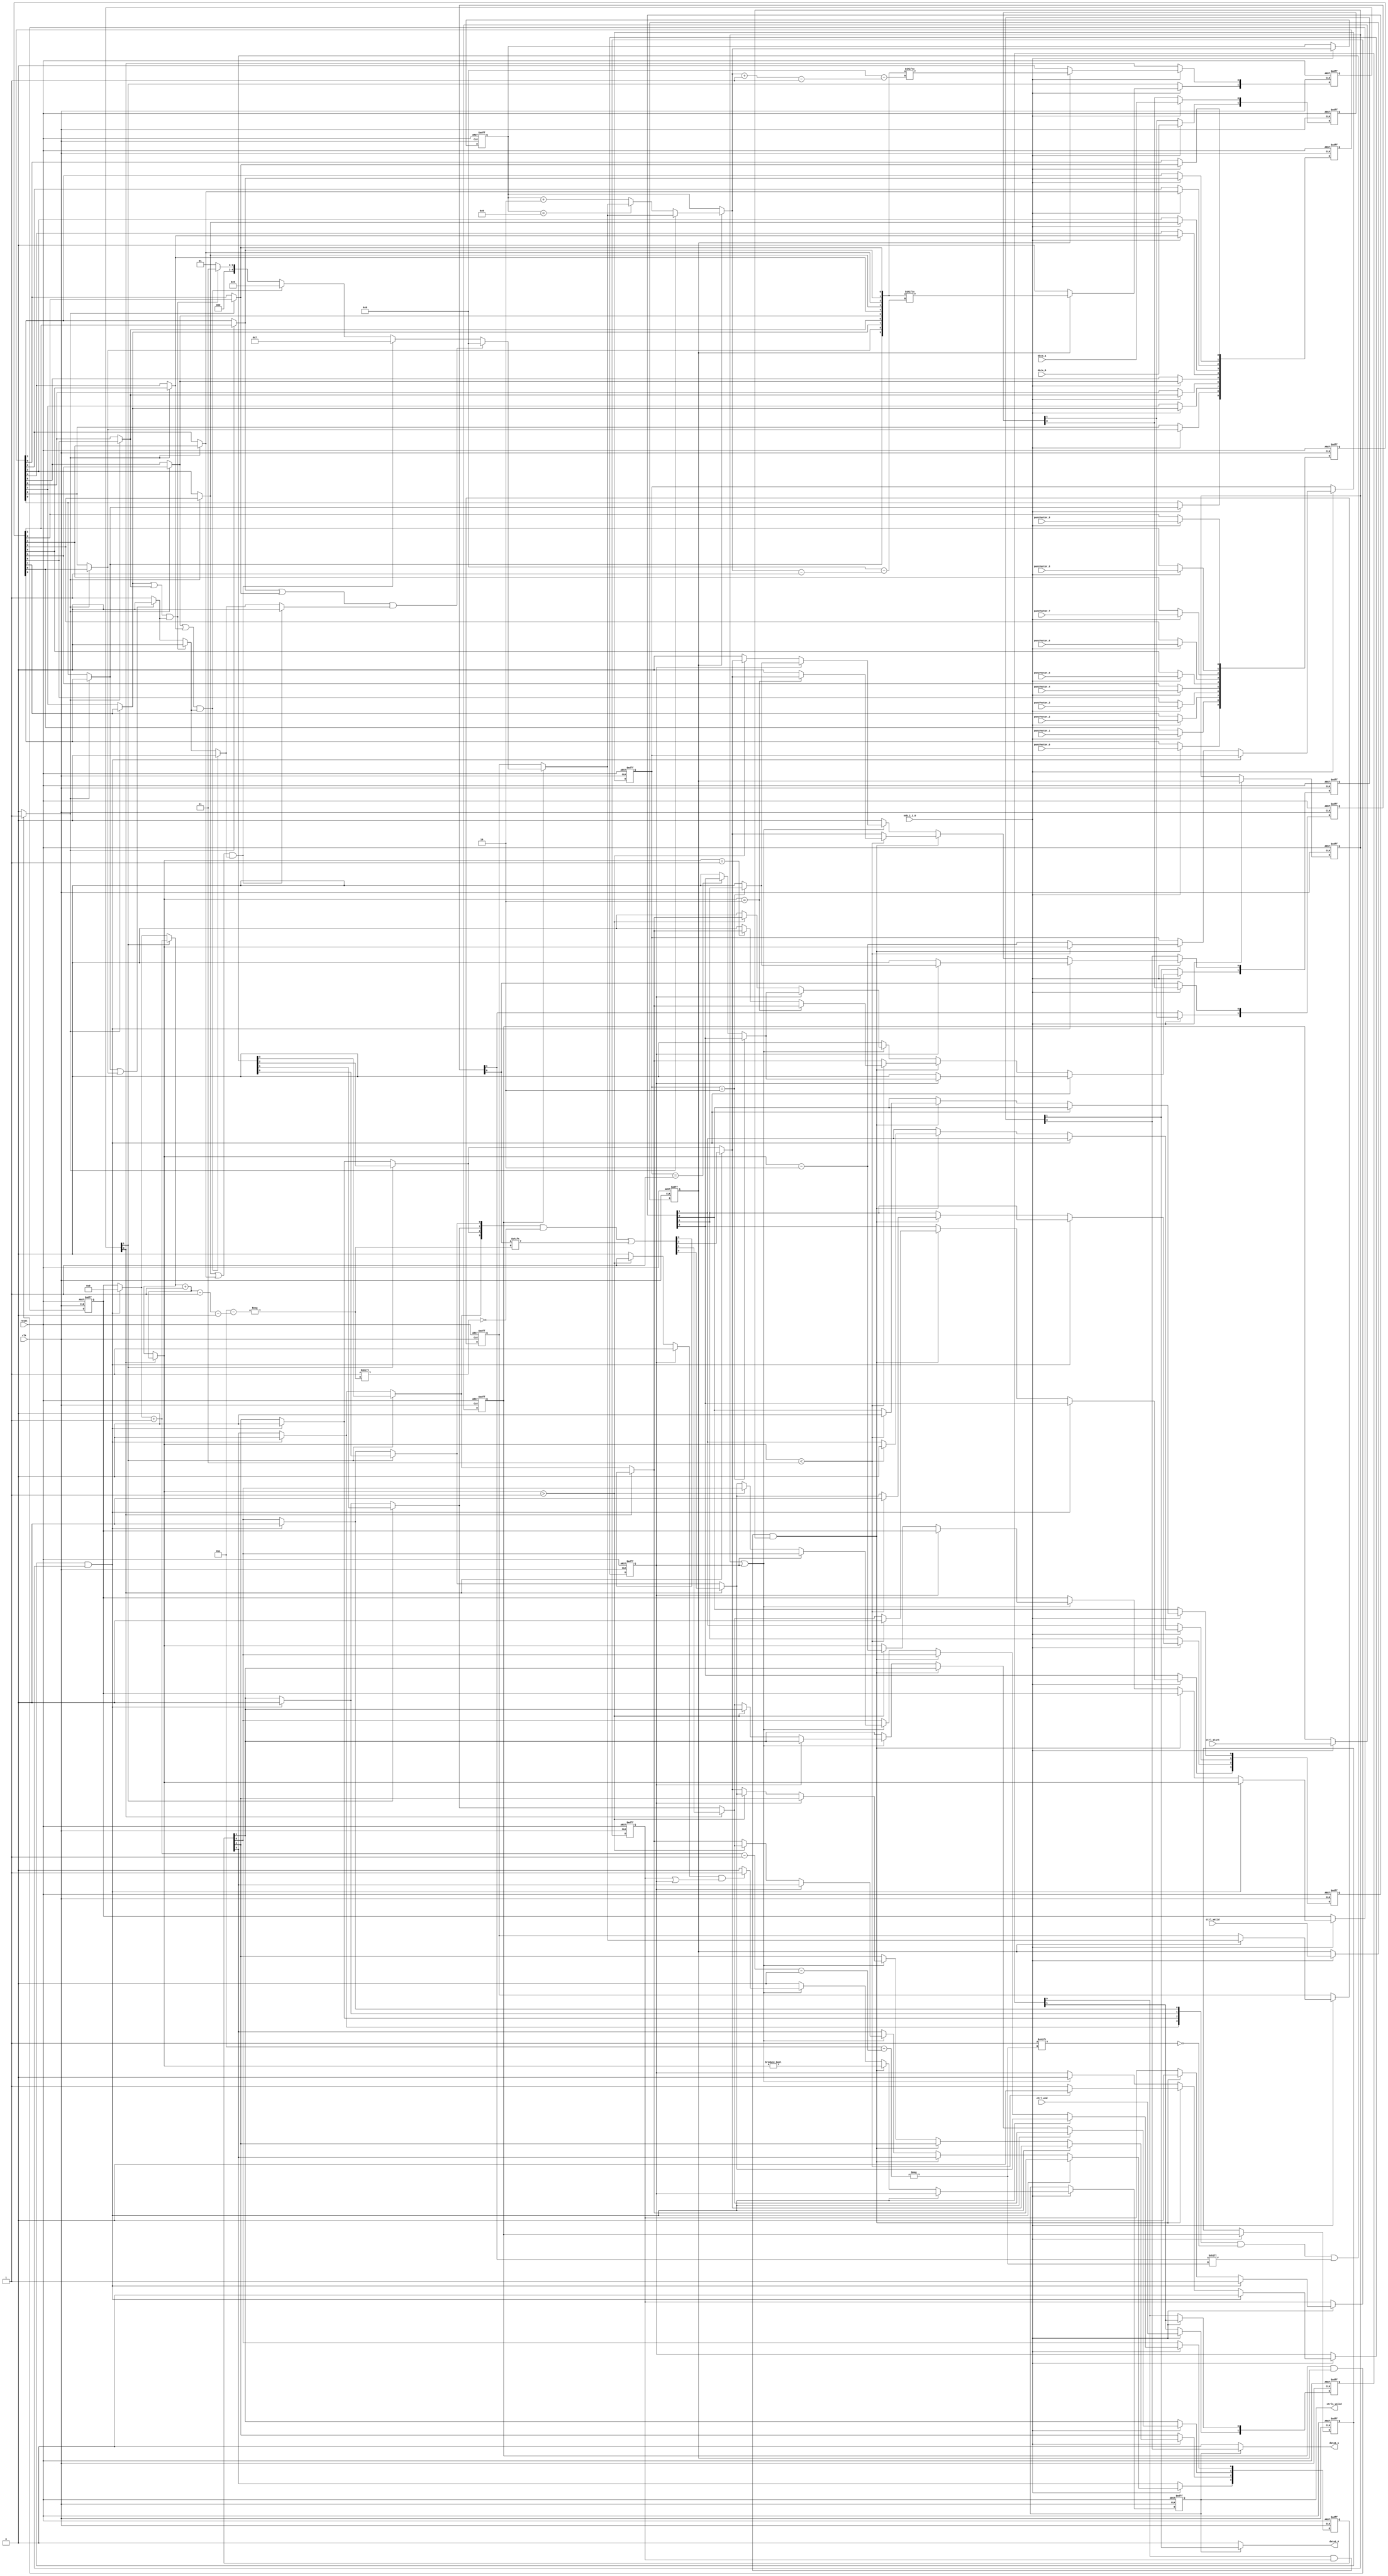
// -------------------------------------------------------------
// 
// 
// Generated by MATLAB 9.13 and HDL Coder 4.0
// 
// -------------------------------------------------------------


// -------------------------------------------------------------
// 
// Module: whdlOFDMTx_Puncturer
// Source Path: whdlOFDMTx/Frame Generator/Data/Data Chain/Puncturer
// Hierarchy Level: 5
// 
// -------------------------------------------------------------

`timescale 1 ns / 1 ns

module whdlOFDMTx_Puncturer
          (clk,
           reset,
           enb_1_2_0,
           data_0,
           data_1,
           puncVector_0,
           puncVector_1,
           puncVector_2,
           puncVector_3,
           puncVector_4,
           puncVector_5,
           puncVector_6,
           puncVector_7,
           puncVector_8,
           puncVector_9,
           ctrl_start,
           ctrl_end,
           ctrl_valid,
           data1_0,
           data1_1,
           ctrl1_valid);


  input   clk;
  input   reset;
  input   enb_1_2_0;
  input   data_0;
  input   data_1;
  input   puncVector_0;
  input   puncVector_1;
  input   puncVector_2;
  input   puncVector_3;
  input   puncVector_4;
  input   puncVector_5;
  input   puncVector_6;
  input   puncVector_7;
  input   puncVector_8;
  input   puncVector_9;
  input   ctrl_start;
  input   ctrl_end;
  input   ctrl_valid;
  output  data1_0;
  output  data1_1;
  output  ctrl1_valid;


  wire ctrl1_start;
  wire ctrl1_end;
  reg  obj_startReg1;
  reg  obj_startReg2;
  reg  obj_validReg1;
  reg  obj_validReg2;
  wire tmp;
  reg  [0:1] obj_endReg2_reg_reg;  // ufix1 [2]
  wire [0:1] obj_endReg2_reg_reg_next;  // ufix1 [2]
  wire obj_endReg2;
  wire obj_frameOn;
  wire tmp_1;
  wire obj_frameOn_1;
  reg  obj_frameOn_2;
  wire tmp_2;
  wire tmp_3;
  wire tmp_4;
  wire tmp_5;
  wire tmp_6;
  wire obj_endFlag;
  wire tmp_7;
  wire [0:1] Null_rsvd;  // boolean [2]
  wire [0:1] Null_rsvd_1;  // boolean [2]
  wire [0:1] subVector;  // boolean [2]
  wire tmp_8;
  wire reset_1;
  wire reset_2;
  wire tmp_9;
  wire [0:9] puncVecD;  // boolean [10]
  wire [0:9] puncVector;  // boolean [10]
  wire [0:9] obj_puncVecBuf;  // boolean [10]
  wire [0:9] obj_puncVecBuf_1;  // boolean [10]
  reg  [0:9] obj_puncVecBuf_reg_reg;  // ufix1 [10]
  wire [0:9] obj_puncVecBuf_reg_reg_next;  // ufix1 [10]
  wire [0:9] puncVecD_1;  // boolean [10]
  wire [0:9] puncVecD_2;  // boolean [10]
  wire [0:9] tmp_10;  // boolean [10]
  wire [0:9] obj_puncVec;  // boolean [10]
  wire [0:9] obj_puncVec_1;  // boolean [10]
  reg  [0:9] obj_puncVec_reg_reg;  // ufix1 [10]
  wire [0:9] obj_puncVec_reg_reg_next;  // ufix1 [10]
  wire [0:9] puncVecD_3;  // boolean [10]
  wire [4:0] initPosDD;  // ufix5
  wire toggle;
  reg [4:0] initPosDD_1;  // ufix5
  reg [4:0] obj_initPos;  // ufix5
  wire [4:0] tmp_11;  // ufix5
  wire [4:0] tmp_12;  // ufix5
  wire [4:0] tmp_13;  // ufix5
  reg [4:0] obj_vecInd;  // ufix5
  wire [4:0] tmp_14;  // ufix5
  wire flag;
  wire [4:0] tmp_15;  // ufix5
  wire [4:0] tmp_16;  // ufix5
  wire [4:0] tmp_17;  // ufix5
  reg  [0:1] subVector_1;  // boolean [2]
  wire [0:1] subVecD;  // boolean [2]
  wire [0:1] subVecD_1;  // boolean [2]
  wire [0:1] obj_subVec;  // boolean [2]
  wire [0:1] obj_subVec_1;  // boolean [2]
  wire [0:1] obj_subVec_2;  // boolean [2]
  wire [0:1] tmp_18;  // boolean [2]
  reg  [0:1] obj_subVec_reg_reg;  // ufix1 [2]
  wire [0:1] obj_subVec_reg_reg_next;  // ufix1 [2]
  wire tmp_19;
  wire tmp_20;
  wire tmp_21;
  wire tmp_22;
  wire [3:0] tmp_23;  // ufix4
  wire [3:0] regInd1D;  // ufix4
  wire obj_endFlag_1;
  wire obj_endFlag_2;
  wire tmp_24;
  wire obj_endFlag_3;
  wire [3:0] tmp_25;  // ufix4
  wire [3:0] tmp_26;  // ufix4
  wire [3:0] tmp_27;  // ufix4
  wire [3:0] tmp_28;  // ufix4
  wire [3:0] tmp_29;  // ufix4
  wire [3:0] tmp_30;  // ufix4
  wire tmp_31;
  wire [3:0] tmp_32;  // ufix4
  reg  obj_endFlag_4;
  reg [3:0] obj_regInd1;  // ufix4
  wire [3:0] tmp_33;  // ufix4
  wire tmp_34;
  wire [3:0] tmp_35;  // ufix4
  wire [3:0] tmp_36;  // ufix4
  wire [3:0] tmp_37;  // ufix4
  wire [3:0] tmp_38;  // ufix4
  wire tmp_39;
  wire tmp_40;
  wire tmp_41;
  wire tmp_42;
  wire tmp_43;
  wire tmp_44;
  wire tmp_45;
  wire tmp_46;
  wire tmp_47;
  wire validtemp;
  wire validtemp_1;
  wire tmp_48;
  wire validtemp_2;
  wire tmp_49;
  wire tmp_50;
  wire out;
  wire tmp_51;
  wire obj_validOut;
  wire out_1;
  wire tmp_52;
  wire tmp_53;
  wire NonZero;
  wire tmp_54;
  wire tmp_55;
  wire tmp_56;
  wire tmp_57;
  reg  obj_validOut_1;
  wire [0:1] varargout_1;  // boolean [2]
  wire tmp_58;
  wire [0:1] dataOutD;  // boolean [2]
  wire [0:1] dataOutD_1;  // boolean [2]
  wire tmp_59;
  wire [0:1] dataOutD_2;  // boolean [2]
  wire [0:1] dataOutD_3;  // boolean [2]
  wire tmp_60;
  wire tmp_61;
  wire tmp_62;
  wire tmp_63;
  wire tmp_64;
  wire tmp_65;
  wire [0:3] tmp_66;  // boolean [4]
  wire [0:3] dataReg1D;  // boolean [4]
  wire [0:3] dataReg1D_1;  // boolean [4]
  wire [0:3] dataReg1D_2;  // boolean [4]
  wire [0:3] reg_rsvd;  // boolean [4]
  wire [0:1] data;  // boolean [2]
  wire [0:1] tmp_67;  // boolean [2]
  wire [0:1] obj_dataInBuf1;  // boolean [2]
  wire [0:1] obj_dataInBuf1_1;  // boolean [2]
  reg  [0:1] obj_dataInBuf1_reg_reg;  // ufix1 [2]
  wire [0:1] obj_dataInBuf1_reg_reg_next;  // ufix1 [2]
  wire [0:1] obj_dataInBuf2;  // boolean [2]
  wire [0:1] obj_dataInBuf2_1;  // boolean [2]
  reg  [0:1] obj_dataInBuf2_reg_reg;  // ufix1 [2]
  wire [0:1] obj_dataInBuf2_reg_reg_next;  // ufix1 [2]
  wire tmp_68;
  wire signed [31:0] tmp_69;  // int32
  wire [3:0] p154tmp_add_temp;  // ufix4
  wire signed [31:0] p154tmp_1;  // int32
  wire tmp_70;
  wire signed [31:0] tmp_71;  // int32
  wire [3:0] p145tmp_add_temp;  // ufix4
  wire signed [31:0] p145tmp_1;  // int32
  wire [0:3] obj_dataReg2;  // boolean [4]
  wire [0:3] obj_dataReg2_1;  // boolean [4]
  reg  [0:3] obj_dataReg2_reg_reg;  // ufix1 [4]
  wire [0:3] obj_dataReg2_reg_reg_next;  // ufix1 [4]
  wire [0:3] obj_dataReg2_2;  // boolean [4]
  wire [0:3] tmp_72;  // boolean [4]
  reg  [0:3] reg_rsvd_1;  // boolean [4]
  wire [0:3] reg_rsvd_2;  // boolean [4]
  reg  [0:3] reg_rsvd_3;  // boolean [4]
  wire [0:3] obj_dataReg1;  // boolean [4]
  wire [0:3] obj_dataReg1_1;  // boolean [4]
  wire [0:3] tmp_73;  // boolean [4]
  reg  [0:3] obj_dataReg1_2;  // boolean [4]
  wire [0:3] obj_dataReg1_3;  // boolean [4]
  wire [0:3] tmp_74;  // boolean [4]
  wire [0:3] tmp_75;  // boolean [4]
  wire [0:3] tmp_76;  // boolean [4]
  wire [0:3] tmp_77;  // boolean [4]
  wire [0:3] obj_dataReg1_4;  // boolean [4]
  wire [0:3] tmp_78;  // boolean [4]
  reg  [0:3] obj_dataReg1_reg_reg;  // ufix1 [4]
  wire [0:3] obj_dataReg1_reg_reg_next;  // ufix1 [4]
  wire [0:3] dataReg1D_3;  // boolean [4]
  wire [0:3] tmp_79;  // boolean [4]
  wire [0:3] tmp_80;  // boolean [4]
  wire [0:1] dataOutD_4;  // boolean [2]
  wire [0:1] dataOutD_5;  // boolean [2]
  wire [0:1] tmp_81;  // boolean [2]
  wire tmp_82;
  wire tmp_83;
  wire [3:0] tmp_84;  // ufix4
  wire [3:0] tmp_85;  // ufix4
  wire [3:0] tmp_86;  // ufix4
  reg [3:0] obj_regInd3;  // ufix4
  wire [3:0] tmp_87;  // ufix4
  wire [3:0] tmp_88;  // ufix4
  wire [3:0] tmp_89;  // ufix4
  wire tmp_90;
  wire tmp_91;
  wire [0:1] tempData;  // boolean [2]
  wire [0:1] tempData_1;  // boolean [2]
  wire tmp_92;
  wire tmp_93;
  wire [0:3] tmp_94;  // boolean [4]
  wire [0:3] tmp_95;  // boolean [4]
  wire [0:3] obj_dataReg3;  // boolean [4]
  wire [0:3] obj_dataReg3_1;  // boolean [4]
  reg  [0:3] obj_dataReg3_2;  // boolean [4]
  wire [0:3] tmp_96;  // boolean [4]
  wire [0:3] tmp_97;  // boolean [4]
  wire [0:3] obj_dataReg3_3;  // boolean [4]
  wire [0:3] tmp_98;  // boolean [4]
  reg  [0:3] obj_dataReg3_reg_reg;  // ufix1 [4]
  wire [0:3] obj_dataReg3_reg_reg_next;  // ufix1 [4]
  wire tmp_99;
  reg  [0:1] tempData_2;  // boolean [2]
  wire [0:1] tmp_100;  // boolean [2]
  wire [0:1] tempData_3;  // boolean [2]
  wire [0:1] tmp_101;  // boolean [2]
  wire [0:1] dataOutD_6;  // boolean [2]
  wire [0:1] dataOutD_7;  // boolean [2]
  wire tmp_102;
  wire [0:1] dataOutD_8;  // boolean [2]
  wire tmp_103;
  wire tmp_104;
  wire [0:1] tempData_4;  // boolean [2]
  wire [0:1] tempData_5;  // boolean [2]
  wire tmp_105;
  reg  [0:1] tempData_6;  // boolean [2]
  wire [0:1] tmp_106;  // boolean [2]
  wire [0:1] tempData_7;  // boolean [2]
  wire [0:1] tmp_107;  // boolean [2]
  wire tmp_108;
  wire [0:1] tmp_109;  // boolean [2]
  wire [0:1] tmp_110;  // boolean [2]
  wire [0:1] dataOutD_9;  // boolean [2]
  wire [0:1] dataOutD_10;  // boolean [2]
  wire [0:1] dataOutD_11;  // boolean [2]
  wire [0:1] tmp_111;  // boolean [2]
  wire [0:1] tmp_112;  // boolean [2]
  wire [0:1] tmp_113;  // boolean [2]
  wire [0:1] tmp_114;  // boolean [2]
  wire [0:1] tmp_115;  // boolean [2]
  wire [0:1] dataOutD_12;  // boolean [2]
  wire [0:1] dataOutD_13;  // boolean [2]
  wire tmp_116;
  wire tmp_117;
  wire [0:1] tempData_8;  // boolean [2]
  wire [0:1] tempData_9;  // boolean [2]
  wire tmp_118;
  reg  [0:1] tempData_10;  // boolean [2]
  wire [0:1] tmp_119;  // boolean [2]
  wire [0:1] tempData_11;  // boolean [2]
  wire [0:1] tmp_120;  // boolean [2]
  wire [0:1] dataOutD_14;  // boolean [2]
  wire [0:1] dataOutD_15;  // boolean [2]
  wire [0:1] tmp_121;  // boolean [2]
  wire [0:1] tmp_122;  // boolean [2]
  wire [0:1] tmp_123;  // boolean [2]
  wire [0:1] obj_dataOut;  // boolean [2]
  wire [0:1] obj_dataOut_1;  // boolean [2]
  reg  [0:1] obj_dataOut_reg_reg;  // ufix1 [2]
  wire [0:1] obj_dataOut_reg_reg_next;  // ufix1 [2]
  wire [0:1] varargout_1_1;  // boolean [2]
  wire [0:1] tmp_124;  // boolean [2]
  wire [0:1] varargout_1_2;  // boolean [2]
  wire [0:1] data_2;  // boolean [2]
  wire tmp_125;
  wire tmp_126;
  wire tmp_127;
  wire tmp_128;
  wire validtemp_3;
  wire validtemp_4;
  wire tmp_129;
  wire validtemp_5;
  wire tmp_130;
  wire obj_startFlag;
  wire obj_startFlag_1;
  wire tmp_131;
  wire obj_startFlag_2;
  reg  obj_startFlag_3;
  wire tmp_132;
  wire tmp_133;
  wire tmp_134;
  wire tmp_135;
  wire tmp_136;
  wire tmp_137;
  wire tmp_138;
  wire validtemp_6;
  wire validtemp_7;
  wire tmp_139;
  wire validtemp_8;
  wire tmp_140;
  wire tmp_141;
  wire obj_startOut;
  wire tmp_142;
  wire out_2;
  wire tmp_143;
  wire obj_startOut_1;
  wire obj_startOut_2;
  wire tmp_144;
  wire tmp_145;
  wire out_3;
  wire tmp_146;
  wire tmp_147;
  wire tmp_148;
  wire tmp_149;
  wire obj_startOut_3;
  wire tmp_150;
  reg  obj_startOut_4;
  wire tmp_151;
  wire tmp_152;
  wire obj_endOut;
  wire tmp_153;
  wire endtemp;
  wire endtemp_1;
  wire tmp_154;
  wire tmp_155;
  wire out_4;
  wire tmp_156;
  wire out_5;
  wire tmp_157;
  wire tmp_158;
  wire tmp_159;
  wire tmp_160;
  wire tmp_161;
  reg  obj_endOut_1;
  reg signed [31:0] p1_i;  // int32
  reg  p1_toggle;
  reg [4:0] p1_initPosDD;  // ufix5
  reg [4:0] p1_i_0;  // ufix5
  reg  p1_toggle_0;
  reg [4:0] p1_initPosDD_0;  // ufix5
  reg signed [63:0] p1_add_cast [0:4];  // sfix64 [5]
  reg signed [31:0] p1_add_cast_0 [0:4];  // int32 [5]
  reg signed [31:0] p1_add_temp [0:4];  // int32 [5]
  reg [5:0] p1_add_temp_0 [0:4];  // ufix6 [5]
  reg [5:0] p1_t_0 [0:4];  // ufix6 [5]
  reg [4:0] p47subVector_add_temp;  // ufix5


  always @(posedge clk or posedge reset)
    begin : obj_startReg1_reg_process
      if (reset == 1'b1) begin
        obj_startReg1 <= 1'b0;
      end
      else begin
        if (enb_1_2_0) begin
          obj_startReg1 <= ctrl_start;
        end
      end
    end



  always @(posedge clk or posedge reset)
    begin : obj_startReg2_reg_process
      if (reset == 1'b1) begin
        obj_startReg2 <= 1'b0;
      end
      else begin
        if (enb_1_2_0) begin
          obj_startReg2 <= obj_startReg1;
        end
      end
    end



  always @(posedge clk or posedge reset)
    begin : obj_validReg1_reg_process
      if (reset == 1'b1) begin
        obj_validReg1 <= 1'b0;
      end
      else begin
        if (enb_1_2_0) begin
          obj_validReg1 <= ctrl_valid;
        end
      end
    end



  always @(posedge clk or posedge reset)
    begin : obj_validReg2_reg_process
      if (reset == 1'b1) begin
        obj_validReg2 <= 1'b0;
      end
      else begin
        if (enb_1_2_0) begin
          obj_validReg2 <= obj_validReg1;
        end
      end
    end



  assign tmp = obj_startReg2 && obj_validReg2;



  always @(posedge clk or posedge reset)
    begin : obj_endReg2_reg_process
      if (reset == 1'b1) begin
        obj_endReg2_reg_reg[0] <= 1'b0;
        obj_endReg2_reg_reg[1] <= 1'b0;
      end
      else begin
        if (enb_1_2_0) begin
          obj_endReg2_reg_reg[0] <= obj_endReg2_reg_reg_next[0];
          obj_endReg2_reg_reg[1] <= obj_endReg2_reg_reg_next[1];
        end
      end
    end

  assign obj_endReg2 = obj_endReg2_reg_reg[1];
  assign obj_endReg2_reg_reg_next[0] = ctrl_end;
  assign obj_endReg2_reg_reg_next[1] = obj_endReg2_reg_reg[0];



  // HDL code generation from MATLAB function: SystemCore_stepImpl_falseregionp125_trueregionp1
  assign obj_frameOn = 1'b0;



  // HDL code generation from MATLAB function: SystemCore_stepImpl
  assign tmp_1 = 1'b0;



  // HDL code generation from MATLAB function: SystemCore_stepImpl_trueregionp100
  assign obj_frameOn_1 = 1'b1;



  // HDL code generation from MATLAB function: SystemCore_stepImpl_falseregionp125
  assign tmp_2 = (obj_endReg2 && obj_frameOn_2) && obj_validReg2;



  assign tmp_3 = (tmp_2 == 1'b0 ? obj_frameOn_2 :
              obj_frameOn);



  // HDL code generation from MATLAB function: SystemCore_stepImpl_falseregionp100
  assign tmp_4 = (tmp == 1'b0 ? tmp_3 :
              tmp_1);



  assign tmp_5 = (tmp == 1'b0 ? tmp_4 :
              obj_frameOn_1);



  always @(posedge clk or posedge reset)
    begin : obj_frameOn_reg_process
      if (reset == 1'b1) begin
        obj_frameOn_2 <= 1'b0;
      end
      else begin
        if (enb_1_2_0) begin
          obj_frameOn_2 <= tmp_5;
        end
      end
    end



  // HDL code generation from MATLAB function: SystemCore_stepImpl_falseregionp113
  assign tmp_6 = (obj_endReg2 && obj_frameOn_2) && obj_validReg2;



  // HDL code generation from MATLAB function: SystemCore_stepImpl_falseregionp113_falseregionp1_trueregionp1
  assign obj_endFlag = 1'b0;



  assign tmp_7 = 1'b0;



  assign Null_rsvd = {2{1'b0}};



  assign Null_rsvd_1 = {32'sd2{tmp_7}};



  assign subVector = {2{1'b0}};



  assign tmp_8 = obj_startReg1 && obj_validReg1;



  // HDL code generation from MATLAB function: SystemCore_stepImpl_falseregionp64
  assign reset_1 = 1'b0;



  // HDL code generation from MATLAB function: SystemCore_stepImpl_trueregionp64
  assign reset_2 = 1'b1;



  assign tmp_9 = (tmp_8 == 1'b0 ? reset_1 :
              reset_2);



  assign puncVecD = {10{1'b0}};



  assign puncVector[0] = puncVector_0;
  assign puncVector[1] = puncVector_1;
  assign puncVector[2] = puncVector_2;
  assign puncVector[3] = puncVector_3;
  assign puncVector[4] = puncVector_4;
  assign puncVector[5] = puncVector_5;
  assign puncVector[6] = puncVector_6;
  assign puncVector[7] = puncVector_7;
  assign puncVector[8] = puncVector_8;
  assign puncVector[9] = puncVector_9;

  assign obj_puncVecBuf_1 = puncVector;



  always @(posedge clk or posedge reset)
    begin : obj_puncVecBuf_reg_process
      if (reset == 1'b1) begin
        obj_puncVecBuf_reg_reg[0] <= 1'b0;
        obj_puncVecBuf_reg_reg[1] <= 1'b0;
        obj_puncVecBuf_reg_reg[2] <= 1'b0;
        obj_puncVecBuf_reg_reg[3] <= 1'b0;
        obj_puncVecBuf_reg_reg[4] <= 1'b0;
        obj_puncVecBuf_reg_reg[5] <= 1'b0;
        obj_puncVecBuf_reg_reg[6] <= 1'b0;
        obj_puncVecBuf_reg_reg[7] <= 1'b0;
        obj_puncVecBuf_reg_reg[8] <= 1'b0;
        obj_puncVecBuf_reg_reg[9] <= 1'b0;
      end
      else begin
        if (enb_1_2_0) begin
          obj_puncVecBuf_reg_reg[0] <= obj_puncVecBuf_reg_reg_next[0];
          obj_puncVecBuf_reg_reg[1] <= obj_puncVecBuf_reg_reg_next[1];
          obj_puncVecBuf_reg_reg[2] <= obj_puncVecBuf_reg_reg_next[2];
          obj_puncVecBuf_reg_reg[3] <= obj_puncVecBuf_reg_reg_next[3];
          obj_puncVecBuf_reg_reg[4] <= obj_puncVecBuf_reg_reg_next[4];
          obj_puncVecBuf_reg_reg[5] <= obj_puncVecBuf_reg_reg_next[5];
          obj_puncVecBuf_reg_reg[6] <= obj_puncVecBuf_reg_reg_next[6];
          obj_puncVecBuf_reg_reg[7] <= obj_puncVecBuf_reg_reg_next[7];
          obj_puncVecBuf_reg_reg[8] <= obj_puncVecBuf_reg_reg_next[8];
          obj_puncVecBuf_reg_reg[9] <= obj_puncVecBuf_reg_reg_next[9];
        end
      end
    end

  assign obj_puncVecBuf[0] = obj_puncVecBuf_reg_reg[0];
  assign obj_puncVecBuf[1] = obj_puncVecBuf_reg_reg[1];
  assign obj_puncVecBuf[2] = obj_puncVecBuf_reg_reg[2];
  assign obj_puncVecBuf[3] = obj_puncVecBuf_reg_reg[3];
  assign obj_puncVecBuf[4] = obj_puncVecBuf_reg_reg[4];
  assign obj_puncVecBuf[5] = obj_puncVecBuf_reg_reg[5];
  assign obj_puncVecBuf[6] = obj_puncVecBuf_reg_reg[6];
  assign obj_puncVecBuf[7] = obj_puncVecBuf_reg_reg[7];
  assign obj_puncVecBuf[8] = obj_puncVecBuf_reg_reg[8];
  assign obj_puncVecBuf[9] = obj_puncVecBuf_reg_reg[9];
  assign obj_puncVecBuf_reg_reg_next[0] = obj_puncVecBuf_1[0];
  assign obj_puncVecBuf_reg_reg_next[1] = obj_puncVecBuf_1[1];
  assign obj_puncVecBuf_reg_reg_next[2] = obj_puncVecBuf_1[2];
  assign obj_puncVecBuf_reg_reg_next[3] = obj_puncVecBuf_1[3];
  assign obj_puncVecBuf_reg_reg_next[4] = obj_puncVecBuf_1[4];
  assign obj_puncVecBuf_reg_reg_next[5] = obj_puncVecBuf_1[5];
  assign obj_puncVecBuf_reg_reg_next[6] = obj_puncVecBuf_1[6];
  assign obj_puncVecBuf_reg_reg_next[7] = obj_puncVecBuf_1[7];
  assign obj_puncVecBuf_reg_reg_next[8] = obj_puncVecBuf_1[8];
  assign obj_puncVecBuf_reg_reg_next[9] = obj_puncVecBuf_1[9];



  assign puncVecD_1 = {10{1'b0}};



  // HDL code generation from MATLAB function: SystemCore_stepImpl_trueregionp59
  assign puncVecD_2 = obj_puncVecBuf;



  assign obj_puncVec_1 = tmp_10;



  always @(posedge clk or posedge reset)
    begin : obj_puncVec_reg_process
      if (reset == 1'b1) begin
        obj_puncVec_reg_reg[0] <= 1'b0;
        obj_puncVec_reg_reg[1] <= 1'b0;
        obj_puncVec_reg_reg[2] <= 1'b0;
        obj_puncVec_reg_reg[3] <= 1'b0;
        obj_puncVec_reg_reg[4] <= 1'b0;
        obj_puncVec_reg_reg[5] <= 1'b0;
        obj_puncVec_reg_reg[6] <= 1'b0;
        obj_puncVec_reg_reg[7] <= 1'b0;
        obj_puncVec_reg_reg[8] <= 1'b0;
        obj_puncVec_reg_reg[9] <= 1'b0;
      end
      else begin
        if (enb_1_2_0) begin
          obj_puncVec_reg_reg[0] <= obj_puncVec_reg_reg_next[0];
          obj_puncVec_reg_reg[1] <= obj_puncVec_reg_reg_next[1];
          obj_puncVec_reg_reg[2] <= obj_puncVec_reg_reg_next[2];
          obj_puncVec_reg_reg[3] <= obj_puncVec_reg_reg_next[3];
          obj_puncVec_reg_reg[4] <= obj_puncVec_reg_reg_next[4];
          obj_puncVec_reg_reg[5] <= obj_puncVec_reg_reg_next[5];
          obj_puncVec_reg_reg[6] <= obj_puncVec_reg_reg_next[6];
          obj_puncVec_reg_reg[7] <= obj_puncVec_reg_reg_next[7];
          obj_puncVec_reg_reg[8] <= obj_puncVec_reg_reg_next[8];
          obj_puncVec_reg_reg[9] <= obj_puncVec_reg_reg_next[9];
        end
      end
    end

  assign obj_puncVec[0] = obj_puncVec_reg_reg[0];
  assign obj_puncVec[1] = obj_puncVec_reg_reg[1];
  assign obj_puncVec[2] = obj_puncVec_reg_reg[2];
  assign obj_puncVec[3] = obj_puncVec_reg_reg[3];
  assign obj_puncVec[4] = obj_puncVec_reg_reg[4];
  assign obj_puncVec[5] = obj_puncVec_reg_reg[5];
  assign obj_puncVec[6] = obj_puncVec_reg_reg[6];
  assign obj_puncVec[7] = obj_puncVec_reg_reg[7];
  assign obj_puncVec[8] = obj_puncVec_reg_reg[8];
  assign obj_puncVec[9] = obj_puncVec_reg_reg[9];
  assign obj_puncVec_reg_reg_next[0] = obj_puncVec_1[0];
  assign obj_puncVec_reg_reg_next[1] = obj_puncVec_1[1];
  assign obj_puncVec_reg_reg_next[2] = obj_puncVec_1[2];
  assign obj_puncVec_reg_reg_next[3] = obj_puncVec_1[3];
  assign obj_puncVec_reg_reg_next[4] = obj_puncVec_1[4];
  assign obj_puncVec_reg_reg_next[5] = obj_puncVec_1[5];
  assign obj_puncVec_reg_reg_next[6] = obj_puncVec_1[6];
  assign obj_puncVec_reg_reg_next[7] = obj_puncVec_1[7];
  assign obj_puncVec_reg_reg_next[8] = obj_puncVec_1[8];
  assign obj_puncVec_reg_reg_next[9] = obj_puncVec_1[9];



  // HDL code generation from MATLAB function: SystemCore_stepImpl_falseregionp59
  assign puncVecD_3 = obj_puncVec;



  assign tmp_10[0] = (tmp_9 == 1'b0 ? puncVecD_3[0] :
              puncVecD_2[0]);
  assign tmp_10[1] = (tmp_9 == 1'b0 ? puncVecD_3[1] :
              puncVecD_2[1]);
  assign tmp_10[2] = (tmp_9 == 1'b0 ? puncVecD_3[2] :
              puncVecD_2[2]);
  assign tmp_10[3] = (tmp_9 == 1'b0 ? puncVecD_3[3] :
              puncVecD_2[3]);
  assign tmp_10[4] = (tmp_9 == 1'b0 ? puncVecD_3[4] :
              puncVecD_2[4]);
  assign tmp_10[5] = (tmp_9 == 1'b0 ? puncVecD_3[5] :
              puncVecD_2[5]);
  assign tmp_10[6] = (tmp_9 == 1'b0 ? puncVecD_3[6] :
              puncVecD_2[6]);
  assign tmp_10[7] = (tmp_9 == 1'b0 ? puncVecD_3[7] :
              puncVecD_2[7]);
  assign tmp_10[8] = (tmp_9 == 1'b0 ? puncVecD_3[8] :
              puncVecD_2[8]);
  assign tmp_10[9] = (tmp_9 == 1'b0 ? puncVecD_3[9] :
              puncVecD_2[9]);



  assign initPosDD = 5'b00001;



  assign toggle = 1'b1;



  // HDL code generation from MATLAB function: SystemCore_stepImpl_trueregionp55
  always @* begin
    p1_initPosDD_0 = 5'b00000;
    p1_toggle_0 = 1'b0;
    p1_i_0 = 5'b00000;
    p1_initPosDD = initPosDD;
    p1_toggle = toggle;

    for(p1_i = 32'sd0; p1_i <= 32'sd4; p1_i = p1_i + 32'sd1) begin
      p1_add_cast[p1_i] = {{31{p1_i[31]}}, {p1_i, 1'b0}};
      p1_add_cast_0[p1_i] = p1_add_cast[p1_i][31:0];
      p1_add_temp[p1_i] = p1_add_cast_0[p1_i] + 32'sd1;
      p1_i_0 = p1_add_temp[p1_i][4:0];
      p1_t_0[p1_i] = {1'b0, p1_i_0};
      p1_add_temp_0[p1_i] = p1_t_0[p1_i] + 6'b000001;
      if ((tmp_10[$signed({1'b0, p1_i_0}) - 32'sd1] || tmp_10[$signed({1'b0, p1_add_temp_0[p1_i]}) - 32'sd1]) && p1_toggle) begin
        p1_initPosDD_0 = p1_i_0;
        p1_toggle_0 = 1'b0;
      end
      else begin
        p1_initPosDD_0 = p1_initPosDD;
        p1_toggle_0 = p1_toggle;
      end
      p1_initPosDD = p1_initPosDD_0;
      p1_toggle = p1_toggle_0;
    end

    initPosDD_1 = p1_initPosDD;
  end



  assign tmp_11 = (obj_startReg1 == 1'b0 ? obj_initPos :
              initPosDD_1);



  assign tmp_13 = (obj_validReg1 == 1'b0 ? obj_initPos :
              tmp_12);



  // HDL code generation from MATLAB function: SystemCore_stepImpl_falseregionp55
  always @(posedge clk or posedge reset)
    begin : obj_initPos_reg_process
      if (reset == 1'b1) begin
        obj_initPos <= 5'b00001;
      end
      else begin
        if (enb_1_2_0) begin
          obj_initPos <= tmp_13;
        end
      end
    end



  // HDL code generation from MATLAB function: SystemCore_stepImpl_trueregionp40
  assign tmp_12 = (obj_validReg1 == 1'b0 ? obj_initPos :
              tmp_11);



  assign tmp_14 = obj_vecInd + 5'b00010;



  assign flag = obj_vecInd == 5'b01001;



  assign tmp_15 = (flag == 1'b0 ? tmp_14 :
              tmp_12);



  assign tmp_16 = (tmp_9 == 1'b0 ? tmp_15 :
              tmp_12);



  always @(posedge clk or posedge reset)
    begin : obj_vecInd_reg_process
      if (reset == 1'b1) begin
        obj_vecInd <= 5'b00001;
      end
      else begin
        if (enb_1_2_0) begin
          obj_vecInd <= tmp_17;
        end
      end
    end



  assign tmp_17 = (obj_validReg1 == 1'b0 ? obj_vecInd :
              tmp_16);



  always @* begin
    subVector_1 = subVector;
    subVector_1[0] = tmp_10[$signed({1'b0, tmp_17}) - 32'sd1];
    p47subVector_add_temp = tmp_17 + 5'b00001;
    subVector_1[1] = tmp_10[$signed({1'b0, p47subVector_add_temp}) - 32'sd1];
  end



  assign subVecD = {2{1'b0}};



  assign subVecD_1 = subVector_1;



  // HDL code generation from MATLAB function: SystemCore_stepImpl_trueregionp35
  assign obj_subVec_1 = subVecD_1;



  // HDL code generation from MATLAB function: SystemCore_stepImpl_falseregionp35
  assign obj_subVec_2 = Null_rsvd_1;



  assign tmp_18[0] = (obj_validReg1 == 1'b0 ? obj_subVec_2[0] :
              obj_subVec_1[0]);
  assign tmp_18[1] = (obj_validReg1 == 1'b0 ? obj_subVec_2[1] :
              obj_subVec_1[1]);



  always @(posedge clk or posedge reset)
    begin : obj_subVec_reg_process
      if (reset == 1'b1) begin
        obj_subVec_reg_reg[0] <= 1'b0;
        obj_subVec_reg_reg[1] <= 1'b0;
      end
      else begin
        if (enb_1_2_0) begin
          obj_subVec_reg_reg[0] <= obj_subVec_reg_reg_next[0];
          obj_subVec_reg_reg[1] <= obj_subVec_reg_reg_next[1];
        end
      end
    end

  assign obj_subVec[0] = obj_subVec_reg_reg[0];
  assign obj_subVec[1] = obj_subVec_reg_reg[1];
  assign obj_subVec_reg_reg_next[0] = tmp_18[0];
  assign obj_subVec_reg_reg_next[1] = tmp_18[1];



  assign tmp_19 = obj_subVec[1];



  assign tmp_20 = obj_subVec[0];



  assign tmp_21 = obj_startReg2 && obj_validReg2;



  // HDL code generation from MATLAB function: SystemCore_stepImpl_falseregionp107
  assign tmp_22 = (obj_endReg2 && obj_frameOn_2) && obj_validReg2;



  assign tmp_23 = 4'b0000;



  // HDL code generation from MATLAB function: SystemCore_stepImpl_trueregionp160
  assign regInd1D = 4'b0000;



  // HDL code generation from MATLAB function: SystemCore_stepImpl_falseregionp113_trueregionp1_falseregionp1
  assign obj_endFlag_1 = 1'b1;



  // HDL code generation from MATLAB function: SystemCore_stepImpl_falseregionp113_trueregionp1_trueregionp1
  assign obj_endFlag_2 = 1'b0;



  assign tmp_24 = 1'b0;



  // HDL code generation from MATLAB function: SystemCore_stepImpl_trueregionp82
  assign obj_endFlag_3 = 1'b0;



  // HDL code generation from MATLAB function: SystemCore_stepImpl_trueregionp142
  assign tmp_26 = tmp_25 + 4'b0001;



  // HDL code generation from MATLAB function: SystemCore_stepImpl_trueregionp150
  assign tmp_28 = tmp_27 + 4'b0001;



  assign tmp_30 = tmp_29 - 4'b0010;



  // HDL code generation from MATLAB function: SystemCore_stepImpl_falseregionp107_falseregionp1_trueregionp1_falseregionp1
  assign tmp_31 = tmp_29 > 4'b0001;



  assign tmp_32 = (tmp_31 == 1'b0 ? tmp_29 :
              tmp_30);



  // HDL code generation from MATLAB function: SystemCore_stepImpl_falseregionp107_falseregionp1_trueregionp1
  assign tmp_33 = (obj_endFlag_4 == 1'b0 ? tmp_32 :
              obj_regInd1);



  // HDL code generation from MATLAB function: SystemCore_stepImpl_falseregionp107_falseregionp1
  assign tmp_34 = obj_validReg2 || obj_endFlag_4;



  assign tmp_35 = (tmp_34 == 1'b0 ? obj_regInd1 :
              tmp_33);



  assign tmp_36 = (tmp_22 == 1'b0 ? tmp_35 :
              obj_regInd1);



  assign tmp_37 = (tmp == 1'b0 ? tmp_36 :
              tmp_23);



  assign tmp_38 = (tmp == 1'b0 ? tmp_37 :
              tmp_29);



  // HDL code generation from MATLAB function: SystemCore_stepImpl_falseregionp160
  always @(posedge clk or posedge reset)
    begin : obj_regInd1_reg_process
      if (reset == 1'b1) begin
        obj_regInd1 <= 4'b0000;
      end
      else begin
        if (enb_1_2_0) begin
          obj_regInd1 <= tmp_38;
        end
      end
    end



  assign tmp_27 = (tmp_21 == 1'b0 ? obj_regInd1 :
              regInd1D);



  assign tmp_25 = (tmp_20 == 1'b0 ? tmp_27 :
              tmp_28);



  assign tmp_29 = (tmp_19 == 1'b0 ? tmp_25 :
              tmp_26);



  // HDL code generation from MATLAB function: SystemCore_stepImpl_falseregionp113_trueregionp1
  assign tmp_39 = tmp_29 < 4'b0011;



  assign tmp_40 = (tmp_39 == 1'b0 ? obj_endFlag_1 :
              obj_endFlag_2);



  // HDL code generation from MATLAB function: SystemCore_stepImpl_falseregionp113_falseregionp1
  assign tmp_41 = obj_validReg2 || obj_endFlag_4;



  assign tmp_42 = (tmp_41 == 1'b0 ? obj_endFlag_4 :
              obj_endFlag);



  assign tmp_43 = (tmp_6 == 1'b0 ? tmp_42 :
              tmp_40);



  // HDL code generation from MATLAB function: SystemCore_stepImpl_falseregionp82
  assign tmp_44 = (tmp == 1'b0 ? tmp_43 :
              tmp_24);



  assign tmp_45 = (tmp == 1'b0 ? tmp_44 :
              obj_endFlag_3);



  // HDL code generation from MATLAB function: SystemCore_stepImpl_falseregionp121_falseregionp1_trueregionp1
  always @(posedge clk or posedge reset)
    begin : obj_endFlag_reg_process
      if (reset == 1'b1) begin
        obj_endFlag_4 <= 1'b0;
      end
      else begin
        if (enb_1_2_0) begin
          obj_endFlag_4 <= tmp_45;
        end
      end
    end



  // HDL code generation from MATLAB function: SystemCore_stepImpl_falseregionp119_falseregionp1
  assign tmp_46 = obj_validReg2 || obj_endFlag_4;



  // HDL code generation from MATLAB function: SystemCore_stepImpl_falseregionp119_falseregionp1_trueregionp1_falseregionp5
  assign tmp_47 = tmp_29 > 4'b0001;



  // HDL code generation from MATLAB function: SystemCore_stepImpl_falseregionp119_falseregionp1_trueregionp1_falseregionp5_falseregionp1
  assign validtemp = 1'b0;



  // HDL code generation from MATLAB function: SystemCore_stepImpl_falseregionp119_falseregionp1_trueregionp1_falseregionp5_trueregionp1
  assign validtemp_1 = 1'b1;



  assign tmp_48 = (tmp_47 == 1'b0 ? validtemp :
              validtemp_1);



  // HDL code generation from MATLAB function: SystemCore_stepImpl_falseregionp119_falseregionp1_trueregionp1_trueregionp5
  assign validtemp_2 = 1'b1;



  // HDL code generation from MATLAB function: SystemCore_stepImpl_falseregionp119_falseregionp1_trueregionp1
  assign tmp_49 = (obj_endFlag_4 == 1'b0 ? tmp_48 :
              validtemp_2);



  assign tmp_50 = tmp_49 && (obj_frameOn_2 || obj_endFlag_4);



  // HDL code generation from MATLAB function: SystemCore_stepImpl_falseregionp119_falseregionp1_trueregionp1_falseregionp1
  assign out = 1'b0;



  // HDL code generation from MATLAB function: SystemCore_stepImpl_falseregionp119
  assign tmp_51 = (obj_endReg2 && obj_frameOn_2) && obj_validReg2;



  // HDL code generation from MATLAB function: SystemCore_stepImpl_falseregionp119_falseregionp1_falseregionp1
  assign obj_validOut = 1'b0;



  // HDL code generation from MATLAB function: SystemCore_stepImpl_falseregionp119_falseregionp1_trueregionp1_trueregionp1
  assign out_1 = 1'b1;



  assign tmp_52 = (tmp_50 == 1'b0 ? out :
              out_1);



  assign tmp_53 = (tmp_46 == 1'b0 ? obj_validOut :
              tmp_52);



  // HDL code generation from MATLAB function: SystemCore_stepImpl_falseregionp119_trueregionp1
  assign NonZero = tmp_29 != 4'b0000;



  assign tmp_54 = (tmp_51 == 1'b0 ? tmp_53 :
              NonZero);



  assign tmp_55 = 1'b0;



  assign tmp_56 = (tmp == 1'b0 ? tmp_54 :
              tmp_55);



  assign tmp_57 = (tmp == 1'b0 ? tmp_56 :
              obj_endFlag_4);



  always @(posedge clk or posedge reset)
    begin : obj_validOut_reg_process
      if (reset == 1'b1) begin
        obj_validOut_1 <= 1'b0;
      end
      else begin
        if (enb_1_2_0) begin
          obj_validOut_1 <= tmp_57;
        end
      end
    end



  // HDL code generation from MATLAB function: SystemCore_stepImpl_falseregionp165
  assign varargout_1 = {2{1'b0}};



  // HDL code generation from MATLAB function: SystemCore_stepImpl_falseregionp111_falseregionp1
  assign tmp_58 = obj_validReg2 || obj_endFlag_4;



  assign dataOutD = {2{1'b0}};



  // HDL code generation from MATLAB function: SystemCore_stepImpl_falseregionp111_falseregionp1_falseregionp1
  assign dataOutD_1 = {2{1'b0}};



  // HDL code generation from MATLAB function: SystemCore_stepImpl_falseregionp111_falseregionp1_trueregionp1_falseregionp1
  assign tmp_59 = tmp_29 > 4'b0001;



  assign dataOutD_2 = {2{1'b0}};



  // HDL code generation from MATLAB function: SystemCore_stepImpl_falseregionp111_falseregionp1_trueregionp1_falseregionp1_falseregionp1
  assign dataOutD_3 = {2{1'b0}};



  assign tmp_60 = obj_subVec[1];



  assign tmp_61 = obj_subVec[0];



  assign tmp_62 = obj_startReg2 && obj_validReg2;



  // HDL code generation from MATLAB function: SystemCore_stepImpl_falseregionp105
  assign tmp_63 = (obj_endReg2 && obj_frameOn_2) && obj_validReg2;



  // HDL code generation from MATLAB function: SystemCore_stepImpl_falseregionp105_falseregionp1
  assign tmp_64 = obj_validReg2 || obj_endFlag_4;



  // HDL code generation from MATLAB function: SystemCore_stepImpl_falseregionp105_falseregionp1_trueregionp1_falseregionp1
  assign tmp_65 = tmp_29 > 4'b0001;



  assign tmp_66 = {4{1'b0}};



  assign dataReg1D = {4{1'b0}};



  assign dataReg1D_1 = {4{1'b0}};



  // HDL code generation from MATLAB function: SystemCore_stepImpl_trueregionp156
  assign dataReg1D_2 = {4{1'b0}};



  assign reg_rsvd = {4{1'b0}};



  assign data[0] = data_0;
  assign data[1] = data_1;

  assign tmp_67 = data;



  assign obj_dataInBuf1_1 = tmp_67;



  always @(posedge clk or posedge reset)
    begin : obj_dataInBuf1_reg_process
      if (reset == 1'b1) begin
        obj_dataInBuf1_reg_reg[0] <= 1'b0;
        obj_dataInBuf1_reg_reg[1] <= 1'b0;
      end
      else begin
        if (enb_1_2_0) begin
          obj_dataInBuf1_reg_reg[0] <= obj_dataInBuf1_reg_reg_next[0];
          obj_dataInBuf1_reg_reg[1] <= obj_dataInBuf1_reg_reg_next[1];
        end
      end
    end

  assign obj_dataInBuf1[0] = obj_dataInBuf1_reg_reg[0];
  assign obj_dataInBuf1[1] = obj_dataInBuf1_reg_reg[1];
  assign obj_dataInBuf1_reg_reg_next[0] = obj_dataInBuf1_1[0];
  assign obj_dataInBuf1_reg_reg_next[1] = obj_dataInBuf1_1[1];



  assign obj_dataInBuf2_1 = obj_dataInBuf1;



  always @(posedge clk or posedge reset)
    begin : obj_dataInBuf2_reg_process
      if (reset == 1'b1) begin
        obj_dataInBuf2_reg_reg[0] <= 1'b0;
        obj_dataInBuf2_reg_reg[1] <= 1'b0;
      end
      else begin
        if (enb_1_2_0) begin
          obj_dataInBuf2_reg_reg[0] <= obj_dataInBuf2_reg_reg_next[0];
          obj_dataInBuf2_reg_reg[1] <= obj_dataInBuf2_reg_reg_next[1];
        end
      end
    end

  assign obj_dataInBuf2[0] = obj_dataInBuf2_reg_reg[0];
  assign obj_dataInBuf2[1] = obj_dataInBuf2_reg_reg[1];
  assign obj_dataInBuf2_reg_reg_next[0] = obj_dataInBuf2_1[0];
  assign obj_dataInBuf2_reg_reg_next[1] = obj_dataInBuf2_1[1];



  assign tmp_68 = obj_dataInBuf2[0];



  assign p154tmp_add_temp = tmp_27 + 4'b0001;
  assign p154tmp_1 = {28'b0, p154tmp_add_temp};
  assign tmp_69 = p154tmp_1 - 32'sd1;



  assign tmp_70 = obj_dataInBuf2[1];



  assign p145tmp_add_temp = tmp_25 + 4'b0001;
  assign p145tmp_1 = {28'b0, p145tmp_add_temp};
  assign tmp_71 = p145tmp_1 - 32'sd1;



  always @(posedge clk or posedge reset)
    begin : obj_dataReg2_reg_process
      if (reset == 1'b1) begin
        obj_dataReg2_reg_reg[0] <= 1'b0;
        obj_dataReg2_reg_reg[1] <= 1'b0;
        obj_dataReg2_reg_reg[2] <= 1'b0;
        obj_dataReg2_reg_reg[3] <= 1'b0;
      end
      else begin
        if (enb_1_2_0) begin
          obj_dataReg2_reg_reg[0] <= obj_dataReg2_reg_reg_next[0];
          obj_dataReg2_reg_reg[1] <= obj_dataReg2_reg_reg_next[1];
          obj_dataReg2_reg_reg[2] <= obj_dataReg2_reg_reg_next[2];
          obj_dataReg2_reg_reg[3] <= obj_dataReg2_reg_reg_next[3];
        end
      end
    end

  assign obj_dataReg2_2[0] = obj_dataReg2_reg_reg[0];
  assign obj_dataReg2_2[1] = obj_dataReg2_reg_reg[1];
  assign obj_dataReg2_2[2] = obj_dataReg2_reg_reg[2];
  assign obj_dataReg2_2[3] = obj_dataReg2_reg_reg[3];
  assign obj_dataReg2_reg_reg_next[0] = obj_dataReg2_1[0];
  assign obj_dataReg2_reg_reg_next[1] = obj_dataReg2_1[1];
  assign obj_dataReg2_reg_reg_next[2] = obj_dataReg2_1[2];
  assign obj_dataReg2_reg_reg_next[3] = obj_dataReg2_1[3];



  // HDL code generation from MATLAB function: SystemCore_stepImpl_trueregionp138
  always @* begin
    reg_rsvd_1 = tmp_72;
    reg_rsvd_1[tmp_71] = tmp_70;
  end



  // HDL code generation from MATLAB function: SystemCore_stepImpl_trueregionp147
  always @* begin
    reg_rsvd_3 = reg_rsvd_2;
    reg_rsvd_3[tmp_69] = tmp_68;
  end



  // HDL code generation from MATLAB function: SystemCore_stepImpl_trueregionp75
  assign obj_dataReg1_1 = obj_dataReg2_1;



  // HDL code generation from MATLAB function: SystemCore_stepImpl_falseregionp105_falseregionp1_trueregionp1_falseregionp1_trueregionp1
  always @* begin
    obj_dataReg1_2 = obj_dataReg1;
    obj_dataReg1_2[32'sd0:32'sd1] = obj_dataReg2_1[32'sd2:32'sd3];
  end



  // HDL code generation from MATLAB function: SystemCore_stepImpl_falseregionp105_falseregionp1_trueregionp1_falseregionp1_falseregionp1
  assign obj_dataReg1_3 = obj_dataReg2_1;



  assign tmp_74[0] = (tmp_65 == 1'b0 ? obj_dataReg1_3[0] :
              obj_dataReg1_2[0]);
  assign tmp_74[1] = (tmp_65 == 1'b0 ? obj_dataReg1_3[1] :
              obj_dataReg1_2[1]);
  assign tmp_74[2] = (tmp_65 == 1'b0 ? obj_dataReg1_3[2] :
              obj_dataReg1_2[2]);
  assign tmp_74[3] = (tmp_65 == 1'b0 ? obj_dataReg1_3[3] :
              obj_dataReg1_2[3]);



  // HDL code generation from MATLAB function: SystemCore_stepImpl_falseregionp105_falseregionp1_trueregionp1
  assign tmp_75[0] = (obj_endFlag_4 == 1'b0 ? tmp_74[0] :
              obj_dataReg1[0]);
  assign tmp_75[1] = (obj_endFlag_4 == 1'b0 ? tmp_74[1] :
              obj_dataReg1[1]);
  assign tmp_75[2] = (obj_endFlag_4 == 1'b0 ? tmp_74[2] :
              obj_dataReg1[2]);
  assign tmp_75[3] = (obj_endFlag_4 == 1'b0 ? tmp_74[3] :
              obj_dataReg1[3]);



  assign tmp_76[0] = (tmp_64 == 1'b0 ? obj_dataReg1[0] :
              tmp_75[0]);
  assign tmp_76[1] = (tmp_64 == 1'b0 ? obj_dataReg1[1] :
              tmp_75[1]);
  assign tmp_76[2] = (tmp_64 == 1'b0 ? obj_dataReg1[2] :
              tmp_75[2]);
  assign tmp_76[3] = (tmp_64 == 1'b0 ? obj_dataReg1[3] :
              tmp_75[3]);



  assign tmp_77[0] = (tmp_63 == 1'b0 ? tmp_76[0] :
              obj_dataReg1[0]);
  assign tmp_77[1] = (tmp_63 == 1'b0 ? tmp_76[1] :
              obj_dataReg1[1]);
  assign tmp_77[2] = (tmp_63 == 1'b0 ? tmp_76[2] :
              obj_dataReg1[2]);
  assign tmp_77[3] = (tmp_63 == 1'b0 ? tmp_76[3] :
              obj_dataReg1[3]);



  assign tmp_73[0] = (tmp == 1'b0 ? tmp_77[0] :
              tmp_66[0]);
  assign tmp_73[1] = (tmp == 1'b0 ? tmp_77[1] :
              tmp_66[1]);
  assign tmp_73[2] = (tmp == 1'b0 ? tmp_77[2] :
              tmp_66[2]);
  assign tmp_73[3] = (tmp == 1'b0 ? tmp_77[3] :
              tmp_66[3]);



  // HDL code generation from MATLAB function: SystemCore_stepImpl_falseregionp75
  assign obj_dataReg1_4[0] = tmp_73[0];
  assign obj_dataReg1_4[1] = tmp_73[1];
  assign obj_dataReg1_4[2] = tmp_73[2];
  assign obj_dataReg1_4[3] = tmp_73[3];

  assign tmp_78[0] = (tmp == 1'b0 ? obj_dataReg1_4[0] :
              obj_dataReg1_1[0]);
  assign tmp_78[1] = (tmp == 1'b0 ? obj_dataReg1_4[1] :
              obj_dataReg1_1[1]);
  assign tmp_78[2] = (tmp == 1'b0 ? obj_dataReg1_4[2] :
              obj_dataReg1_1[2]);
  assign tmp_78[3] = (tmp == 1'b0 ? obj_dataReg1_4[3] :
              obj_dataReg1_1[3]);



  always @(posedge clk or posedge reset)
    begin : obj_dataReg1_reg_process
      if (reset == 1'b1) begin
        obj_dataReg1_reg_reg[0] <= 1'b0;
        obj_dataReg1_reg_reg[1] <= 1'b0;
        obj_dataReg1_reg_reg[2] <= 1'b0;
        obj_dataReg1_reg_reg[3] <= 1'b0;
      end
      else begin
        if (enb_1_2_0) begin
          obj_dataReg1_reg_reg[0] <= obj_dataReg1_reg_reg_next[0];
          obj_dataReg1_reg_reg[1] <= obj_dataReg1_reg_reg_next[1];
          obj_dataReg1_reg_reg[2] <= obj_dataReg1_reg_reg_next[2];
          obj_dataReg1_reg_reg[3] <= obj_dataReg1_reg_reg_next[3];
        end
      end
    end

  assign obj_dataReg1[0] = obj_dataReg1_reg_reg[0];
  assign obj_dataReg1[1] = obj_dataReg1_reg_reg[1];
  assign obj_dataReg1[2] = obj_dataReg1_reg_reg[2];
  assign obj_dataReg1[3] = obj_dataReg1_reg_reg[3];
  assign obj_dataReg1_reg_reg_next[0] = tmp_78[0];
  assign obj_dataReg1_reg_reg_next[1] = tmp_78[1];
  assign obj_dataReg1_reg_reg_next[2] = tmp_78[2];
  assign obj_dataReg1_reg_reg_next[3] = tmp_78[3];



  // HDL code generation from MATLAB function: SystemCore_stepImpl_falseregionp156
  assign dataReg1D_3 = obj_dataReg1;



  assign tmp_79[0] = (tmp_62 == 1'b0 ? dataReg1D_3[0] :
              dataReg1D_2[0]);
  assign tmp_79[1] = (tmp_62 == 1'b0 ? dataReg1D_3[1] :
              dataReg1D_2[1]);
  assign tmp_79[2] = (tmp_62 == 1'b0 ? dataReg1D_3[2] :
              dataReg1D_2[2]);
  assign tmp_79[3] = (tmp_62 == 1'b0 ? dataReg1D_3[3] :
              dataReg1D_2[3]);



  assign reg_rsvd_2 = tmp_79;



  assign tmp_72[0] = (tmp_61 == 1'b0 ? reg_rsvd_2[0] :
              reg_rsvd_3[0]);
  assign tmp_72[1] = (tmp_61 == 1'b0 ? reg_rsvd_2[1] :
              reg_rsvd_3[1]);
  assign tmp_72[2] = (tmp_61 == 1'b0 ? reg_rsvd_2[2] :
              reg_rsvd_3[2]);
  assign tmp_72[3] = (tmp_61 == 1'b0 ? reg_rsvd_2[3] :
              reg_rsvd_3[3]);



  assign tmp_80[0] = (tmp_60 == 1'b0 ? tmp_72[0] :
              reg_rsvd_1[0]);
  assign tmp_80[1] = (tmp_60 == 1'b0 ? tmp_72[1] :
              reg_rsvd_1[1]);
  assign tmp_80[2] = (tmp_60 == 1'b0 ? tmp_72[2] :
              reg_rsvd_1[2]);
  assign tmp_80[3] = (tmp_60 == 1'b0 ? tmp_72[3] :
              reg_rsvd_1[3]);



  assign obj_dataReg2 = tmp_80;



  assign obj_dataReg2_1[0] = obj_dataReg2[0];
  assign obj_dataReg2_1[1] = obj_dataReg2[1];
  assign obj_dataReg2_1[2] = obj_dataReg2[2];
  assign obj_dataReg2_1[3] = obj_dataReg2[3];

  assign dataOutD_4 = {2{1'b0}};



  // HDL code generation from MATLAB function: SystemCore_stepImpl_falseregionp111_falseregionp1_trueregionp1_falseregionp1_trueregionp1
  assign dataOutD_5[32'sd0:32'sd1] = obj_dataReg2_1[32'sd0:32'sd1];



  assign tmp_81[0] = (tmp_59 == 1'b0 ? dataOutD_3[0] :
              dataOutD_5[0]);
  assign tmp_81[1] = (tmp_59 == 1'b0 ? dataOutD_3[1] :
              dataOutD_5[1]);



  // HDL code generation from MATLAB function: SystemCore_stepImpl_falseregionp115
  assign tmp_82 = (obj_endReg2 && obj_frameOn_2) && obj_validReg2;



  // HDL code generation from MATLAB function: SystemCore_stepImpl_falseregionp115_trueregionp1
  assign tmp_83 = tmp_29 < 4'b0011;



  assign tmp_84 = tmp_29 - 4'b0010;



  assign tmp_85 = (tmp_83 == 1'b0 ? tmp_84 :
              tmp_29);



  assign tmp_86 = 4'b0000;



  assign tmp_87 = (tmp_82 == 1'b0 ? obj_regInd3 :
              tmp_85);



  // HDL code generation from MATLAB function: SystemCore_stepImpl_falseregionp79
  assign tmp_88 = (tmp == 1'b0 ? tmp_87 :
              tmp_86);



  assign tmp_89 = (tmp == 1'b0 ? tmp_88 :
              obj_regInd3);



  always @(posedge clk or posedge reset)
    begin : obj_regInd3_reg_process
      if (reset == 1'b1) begin
        obj_regInd3 <= 4'b0000;
      end
      else begin
        if (enb_1_2_0) begin
          obj_regInd3 <= tmp_89;
        end
      end
    end



  assign tmp_90 = obj_regInd3 == 4'b0010;



  assign tmp_91 = obj_regInd3 == 4'b0001;



  assign tempData = {2{1'b0}};



  // HDL code generation from MATLAB function: SystemCore_stepImpl_falseregionp111_falseregionp1_trueregionp1_trueregionp1
  assign tempData_1 = {2{1'b0}};



  // HDL code generation from MATLAB function: SystemCore_stepImpl_falseregionp109
  assign tmp_92 = (obj_endReg2 && obj_frameOn_2) && obj_validReg2;



  // HDL code generation from MATLAB function: SystemCore_stepImpl_falseregionp109_trueregionp1
  assign tmp_93 = tmp_29 < 4'b0011;



  assign tmp_94 = {4{1'b0}};



  // HDL code generation from MATLAB function: SystemCore_stepImpl_falseregionp109_trueregionp1_trueregionp1
  assign obj_dataReg3_1 = {4{1'b0}};



  // HDL code generation from MATLAB function: SystemCore_stepImpl_falseregionp109_trueregionp1_falseregionp1
  always @* begin
    obj_dataReg3_2 = obj_dataReg3;
    obj_dataReg3_2[32'sd0:32'sd1] = obj_dataReg2_1[32'sd2:32'sd3];
  end



  assign tmp_96[0] = (tmp_93 == 1'b0 ? obj_dataReg3_2[0] :
              obj_dataReg3_1[0]);
  assign tmp_96[1] = (tmp_93 == 1'b0 ? obj_dataReg3_2[1] :
              obj_dataReg3_1[1]);
  assign tmp_96[2] = (tmp_93 == 1'b0 ? obj_dataReg3_2[2] :
              obj_dataReg3_1[2]);
  assign tmp_96[3] = (tmp_93 == 1'b0 ? obj_dataReg3_2[3] :
              obj_dataReg3_1[3]);



  assign tmp_97[0] = (tmp_92 == 1'b0 ? obj_dataReg3[0] :
              tmp_96[0]);
  assign tmp_97[1] = (tmp_92 == 1'b0 ? obj_dataReg3[1] :
              tmp_96[1]);
  assign tmp_97[2] = (tmp_92 == 1'b0 ? obj_dataReg3[2] :
              tmp_96[2]);
  assign tmp_97[3] = (tmp_92 == 1'b0 ? obj_dataReg3[3] :
              tmp_96[3]);



  assign tmp_95[0] = (tmp == 1'b0 ? tmp_97[0] :
              tmp_94[0]);
  assign tmp_95[1] = (tmp == 1'b0 ? tmp_97[1] :
              tmp_94[1]);
  assign tmp_95[2] = (tmp == 1'b0 ? tmp_97[2] :
              tmp_94[2]);
  assign tmp_95[3] = (tmp == 1'b0 ? tmp_97[3] :
              tmp_94[3]);



  // HDL code generation from MATLAB function: SystemCore_stepImpl_falseregionp71
  assign obj_dataReg3_3[0] = tmp_95[0];
  assign obj_dataReg3_3[1] = tmp_95[1];
  assign obj_dataReg3_3[2] = tmp_95[2];
  assign obj_dataReg3_3[3] = tmp_95[3];

  assign tmp_98[0] = (tmp == 1'b0 ? obj_dataReg3_3[0] :
              obj_dataReg3[0]);
  assign tmp_98[1] = (tmp == 1'b0 ? obj_dataReg3_3[1] :
              obj_dataReg3[1]);
  assign tmp_98[2] = (tmp == 1'b0 ? obj_dataReg3_3[2] :
              obj_dataReg3[2]);
  assign tmp_98[3] = (tmp == 1'b0 ? obj_dataReg3_3[3] :
              obj_dataReg3[3]);



  always @(posedge clk or posedge reset)
    begin : obj_dataReg3_reg_process
      if (reset == 1'b1) begin
        obj_dataReg3_reg_reg[0] <= 1'b0;
        obj_dataReg3_reg_reg[1] <= 1'b0;
        obj_dataReg3_reg_reg[2] <= 1'b0;
        obj_dataReg3_reg_reg[3] <= 1'b0;
      end
      else begin
        if (enb_1_2_0) begin
          obj_dataReg3_reg_reg[0] <= obj_dataReg3_reg_reg_next[0];
          obj_dataReg3_reg_reg[1] <= obj_dataReg3_reg_reg_next[1];
          obj_dataReg3_reg_reg[2] <= obj_dataReg3_reg_reg_next[2];
          obj_dataReg3_reg_reg[3] <= obj_dataReg3_reg_reg_next[3];
        end
      end
    end

  assign obj_dataReg3[0] = obj_dataReg3_reg_reg[0];
  assign obj_dataReg3[1] = obj_dataReg3_reg_reg[1];
  assign obj_dataReg3[2] = obj_dataReg3_reg_reg[2];
  assign obj_dataReg3[3] = obj_dataReg3_reg_reg[3];
  assign obj_dataReg3_reg_reg_next[0] = tmp_98[0];
  assign obj_dataReg3_reg_reg_next[1] = tmp_98[1];
  assign obj_dataReg3_reg_reg_next[2] = tmp_98[2];
  assign obj_dataReg3_reg_reg_next[3] = tmp_98[3];



  assign tmp_99 = obj_dataReg3[0];



  // HDL code generation from MATLAB function: SystemCore_stepImpl_falseregionp111_falseregionp1_trueregionp1_trueregionp1_trueregionp5
  always @* begin
    tempData_2 = tempData_1;
    tempData_2[0] = tmp_99;
  end



  assign tmp_100[0] = (tmp_91 == 1'b0 ? tempData_1[0] :
              tempData_2[0]);
  assign tmp_100[1] = (tmp_91 == 1'b0 ? tempData_1[1] :
              tempData_2[1]);



  // HDL code generation from MATLAB function: SystemCore_stepImpl_falseregionp111_falseregionp1_trueregionp1_trueregionp1_trueregionp2
  assign tempData_3[32'sd0:32'sd1] = obj_dataReg3[32'sd0:32'sd1];



  assign tmp_101[0] = (tmp_90 == 1'b0 ? tmp_100[0] :
              tempData_3[0]);
  assign tmp_101[1] = (tmp_90 == 1'b0 ? tmp_100[1] :
              tempData_3[1]);



  assign dataOutD_6 = {2{1'b0}};



  assign dataOutD_7 = tmp_101;



  // HDL code generation from MATLAB function: SystemCore_stepImpl_falseregionp111_trueregionp1
  assign tmp_102 = tmp_29 < 4'b0011;



  assign dataOutD_8 = {2{1'b0}};



  assign tmp_103 = tmp_29 == 4'b0010;



  assign tmp_104 = tmp_29 == 4'b0001;



  assign tempData_4 = {2{1'b0}};



  // HDL code generation from MATLAB function: SystemCore_stepImpl_falseregionp111_trueregionp1_trueregionp1
  assign tempData_5 = {2{1'b0}};



  assign tmp_105 = obj_dataReg2_1[0];



  // HDL code generation from MATLAB function: SystemCore_stepImpl_falseregionp111_trueregionp1_trueregionp1_trueregionp5
  always @* begin
    tempData_6 = tempData_5;
    tempData_6[0] = tmp_105;
  end



  assign tmp_106[0] = (tmp_104 == 1'b0 ? tempData_5[0] :
              tempData_6[0]);
  assign tmp_106[1] = (tmp_104 == 1'b0 ? tempData_5[1] :
              tempData_6[1]);



  // HDL code generation from MATLAB function: SystemCore_stepImpl_falseregionp111_trueregionp1_trueregionp1_trueregionp2
  assign tempData_7[32'sd0:32'sd1] = obj_dataReg2_1[32'sd0:32'sd1];



  assign tmp_107[0] = (tmp_103 == 1'b0 ? tmp_106[0] :
              tempData_7[0]);
  assign tmp_107[1] = (tmp_103 == 1'b0 ? tmp_106[1] :
              tempData_7[1]);



  // HDL code generation from MATLAB function: SystemCore_stepImpl_falseregionp111
  assign tmp_108 = (obj_endReg2 && obj_frameOn_2) && obj_validReg2;



  // HDL code generation from MATLAB function: SystemCore_stepImpl_falseregionp111_falseregionp1_trueregionp1
  assign tmp_109[0] = (obj_endFlag_4 == 1'b0 ? tmp_81[0] :
              dataOutD_7[0]);
  assign tmp_109[1] = (obj_endFlag_4 == 1'b0 ? tmp_81[1] :
              dataOutD_7[1]);



  assign tmp_110[0] = (tmp_58 == 1'b0 ? dataOutD_1[0] :
              tmp_109[0]);
  assign tmp_110[1] = (tmp_58 == 1'b0 ? dataOutD_1[1] :
              tmp_109[1]);



  // HDL code generation from MATLAB function: SystemCore_stepImpl_falseregionp111_trueregionp1_falseregionp1
  assign dataOutD_9[32'sd0:32'sd1] = obj_dataReg2_1[32'sd0:32'sd1];



  assign dataOutD_10 = {2{1'b0}};



  assign dataOutD_11 = tmp_107;



  assign tmp_111[0] = (tmp_102 == 1'b0 ? dataOutD_9[0] :
              dataOutD_11[0]);
  assign tmp_111[1] = (tmp_102 == 1'b0 ? dataOutD_9[1] :
              dataOutD_11[1]);



  assign tmp_112[0] = (tmp_108 == 1'b0 ? tmp_110[0] :
              tmp_111[0]);
  assign tmp_112[1] = (tmp_108 == 1'b0 ? tmp_110[1] :
              tmp_111[1]);



  assign tmp_113 = {2{1'b0}};



  assign tmp_114[0] = (tmp == 1'b0 ? tmp_112[0] :
              tmp_113[0]);
  assign tmp_114[1] = (tmp == 1'b0 ? tmp_112[1] :
              tmp_113[1]);



  assign tmp_115 = {2{1'b0}};



  assign dataOutD_12 = {2{1'b0}};



  // HDL code generation from MATLAB function: SystemCore_stepImpl_trueregionp103_falseregionp1
  assign dataOutD_13 = {2{1'b0}};



  assign tmp_116 = obj_regInd3 == 4'b0010;



  assign tmp_117 = obj_regInd3 == 4'b0001;



  assign tempData_8 = {2{1'b0}};



  // HDL code generation from MATLAB function: SystemCore_stepImpl_trueregionp103_trueregionp1
  assign tempData_9 = {2{1'b0}};



  assign tmp_118 = obj_dataReg3[0];



  // HDL code generation from MATLAB function: SystemCore_stepImpl_trueregionp103_trueregionp1_trueregionp5
  always @* begin
    tempData_10 = tempData_9;
    tempData_10[0] = tmp_118;
  end



  assign tmp_119[0] = (tmp_117 == 1'b0 ? tempData_9[0] :
              tempData_10[0]);
  assign tmp_119[1] = (tmp_117 == 1'b0 ? tempData_9[1] :
              tempData_10[1]);



  // HDL code generation from MATLAB function: SystemCore_stepImpl_trueregionp103_trueregionp1_trueregionp2
  assign tempData_11[32'sd0:32'sd1] = obj_dataReg3[32'sd0:32'sd1];



  assign tmp_120[0] = (tmp_116 == 1'b0 ? tmp_119[0] :
              tempData_11[0]);
  assign tmp_120[1] = (tmp_116 == 1'b0 ? tmp_119[1] :
              tempData_11[1]);



  assign dataOutD_14 = {2{1'b0}};



  assign dataOutD_15 = tmp_120;



  // HDL code generation from MATLAB function: SystemCore_stepImpl_trueregionp103
  assign tmp_121[0] = (obj_endFlag_4 == 1'b0 ? dataOutD_13[0] :
              dataOutD_15[0]);
  assign tmp_121[1] = (obj_endFlag_4 == 1'b0 ? dataOutD_13[1] :
              dataOutD_15[1]);



  assign tmp_122[0] = (tmp == 1'b0 ? tmp_115[0] :
              tmp_121[0]);
  assign tmp_122[1] = (tmp == 1'b0 ? tmp_115[1] :
              tmp_121[1]);



  assign tmp_123[0] = (tmp == 1'b0 ? tmp_114[0] :
              tmp_122[0]);
  assign tmp_123[1] = (tmp == 1'b0 ? tmp_114[1] :
              tmp_122[1]);



  assign obj_dataOut_1 = tmp_123;



  always @(posedge clk or posedge reset)
    begin : obj_dataOut_reg_process
      if (reset == 1'b1) begin
        obj_dataOut_reg_reg[0] <= 1'b0;
        obj_dataOut_reg_reg[1] <= 1'b0;
      end
      else begin
        if (enb_1_2_0) begin
          obj_dataOut_reg_reg[0] <= obj_dataOut_reg_reg_next[0];
          obj_dataOut_reg_reg[1] <= obj_dataOut_reg_reg_next[1];
        end
      end
    end

  assign obj_dataOut[0] = obj_dataOut_reg_reg[0];
  assign obj_dataOut[1] = obj_dataOut_reg_reg[1];
  assign obj_dataOut_reg_reg_next[0] = obj_dataOut_1[0];
  assign obj_dataOut_reg_reg_next[1] = obj_dataOut_1[1];



  // HDL code generation from MATLAB function: SystemCore_stepImpl_trueregionp165
  assign varargout_1_1 = obj_dataOut;



  assign tmp_124[0] = (obj_validOut_1 == 1'b0 ? varargout_1[0] :
              varargout_1_1[0]);
  assign tmp_124[1] = (obj_validOut_1 == 1'b0 ? varargout_1[1] :
              varargout_1_1[1]);



  assign varargout_1_2 = tmp_124;



  // HDL code generation from MATLAB function: cgircomp_kernel
  assign data_2 = varargout_1_2;



  assign data1_0 = data_2[0];

  assign data1_1 = data_2[1];

  assign ctrl1_valid = obj_validOut_1;

endmodule  // whdlOFDMTx_Puncturer